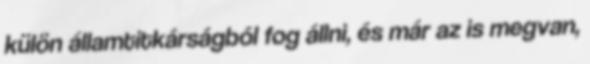
külön államtitkárságból fog állni, és már az is megvan,